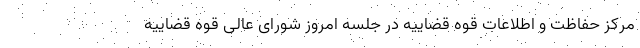
مرکز حفاظت و اطلاعات قوه قضاییه در جلسه امروز شورای عالی قوه قضاییه